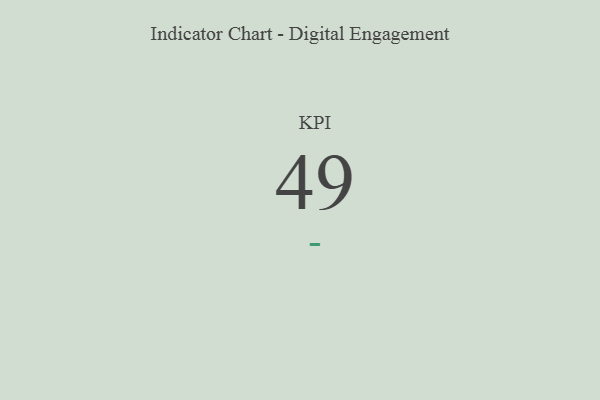
{"axis": {"x": "KPI", "y": "Value"}, "legend": [""], "data": [{"x": "KPI", "y": 49, "type": ""}]}